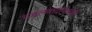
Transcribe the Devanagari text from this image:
मंडलवादानंतरही